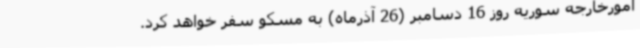
امورخارجه سوریه روز 16 دسامبر (26 آذرماه) به مسکو سفر خواهد کرد.